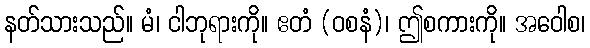
နတ်သားသည်။ မံ၊ ငါဘုရားကို။ ဧတံ (ဝစနံ)၊ ဤစကားကို။ အဝေါစ၊